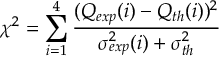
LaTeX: T _ { S N O } ^ { t h } = \sum _ { \alpha } \int _ { E _ { \nu _ { m i n } } } ^ { E _ { \nu _ { m a x } } } d E _ { \nu } \int d E _ { T } \int _ { E _ { A _ { t h } } } d E _ { A } \; \rho ( E _ { A } , E _ { T } ) \; X _ { \alpha } \; \phi _ { \alpha } ( E _ { \nu } ) \; < P _ { e e } ( E _ { \nu } ) > _ { \alpha } \; \sigma ^ { C C } .